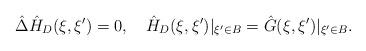
LaTeX: \begin{align*}\hat{\Delta}{\hat{H}_D}(\xi,\xi')=0,\quad{\hat{H}_D}(\xi,\xi'){|_{\xi'\in B}}=\hat{G}(\xi,\xi'){|_{\xi'\in B}}.\end{align*}